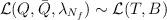
LaTeX: \begin{align*}{\cal L} (Q, \bar{Q}, \lambda_{N_{f}}) \sim {\cal L} (T, B)\end{align*}